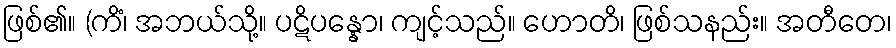
ဖြစ်၏။ (ကိံ၊ အဘယ်သို့။ ပဋိပန္နော၊ ကျင့်သည်။ ဟောတိ၊ ဖြစ်သနည်း။ အတီတေ၊